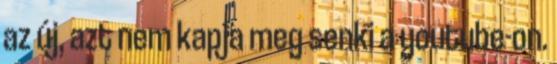
az új, azt nem kapja meg senki a youtube-on.